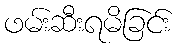
ဖမ်းဆီးရမိခြင်း